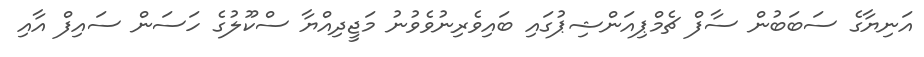
އަނިޔާގެ ސަބަބުން ސާފް ޗެމްޕިއަންޝިޕުގައި ބައިވެރިނުވެވުނު މަޖީދިއްޔާ ސްކޫލުގެ ހަސަން ސައިފް އާއި